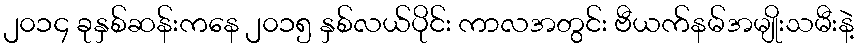
၂၀၁၄ ခုနှစ်ဆန်းကနေ ၂၀၁၅ နှစ်လယ်ပိုင်း ကာလအတွင်း ဗီယက်နမ်အမျိုးသမီးနဲ့